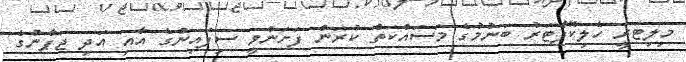
މިލިޓަރީ ހެލިކޮޕްޓަރު ބަނުމުގެ މަސައްކަތް ކުރަން ފަށަންވީ ސިފައިންގެ އާއި އަދި ޖަޕާނުގެ